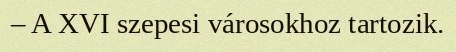
– A XVI szepesi városokhoz tartozik.